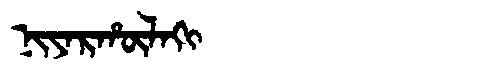
Manchu: ᠨᡳᠶᠠᡵᡥᡡᠯᠠᡴᡳ
Romanization: NIYARHŪLAKI